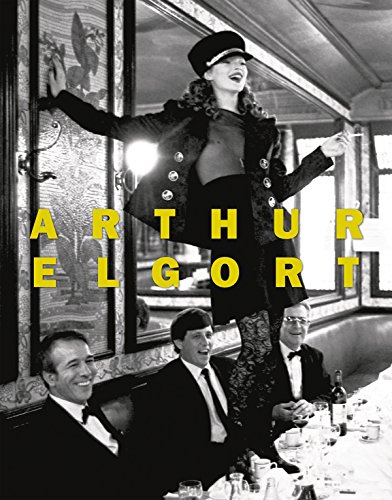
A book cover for Arthur Elgort: The Big Picture; Humor & Entertainment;